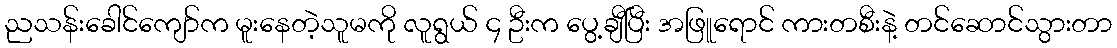
ညသန်းခေါင်ကျော်က မူးနေတဲ့သူမကို လူရွယ် ၄ ဦးက ပွေ့ချီပြီး အဖြူရောင် ကားတစီးနဲ့ တင်ဆောင်သွားတာ